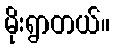
မိုးရွာတယ်။